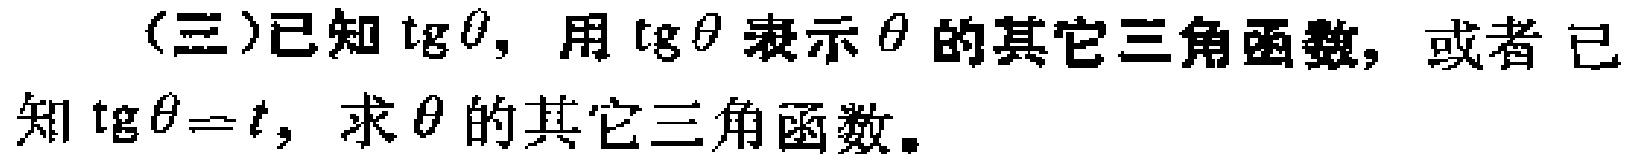
(三)已知$\tg\theta$，用$\tg\theta$表示$\theta$的其它三角函数，或者 已知$\tg\theta = t$，求$\theta$的其它三角函数。